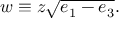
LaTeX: w \equiv z { \sqrt { e _ { 1 } - e _ { 3 } } } .